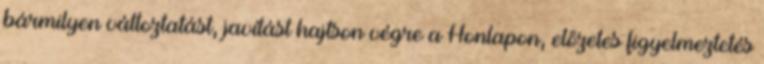
bármilyen változtatást, javítást hajtson végre a Honlapon, előzetes figyelmeztetés